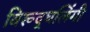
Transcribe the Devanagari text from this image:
विरूद्धलिंगी